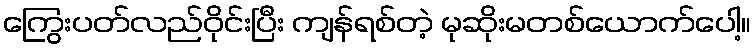
ကြွေးပတ်လည်ဝိုင်းပြီး ကျန်ရစ်တဲ့ မုဆိုးမတစ်ယောက်ပေါ့။